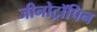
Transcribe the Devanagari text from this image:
जीनोट्रॉपिन